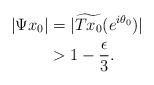
LaTeX: \begin{align*}|\Psi x_0|& = |\widetilde{Tx_0}(e^{i \theta_0})|\\& >1-\dfrac{\epsilon}{3}.\end{align*}